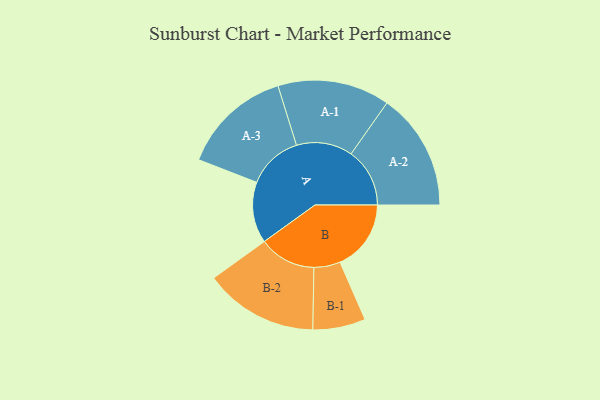
{"axis": {"x": "Segment", "y": "Value"}, "legend": ["", "A", "B"], "data": [{"x": "A", "y": 287, "type": ""}, {"x": "B", "y": 334, "type": ""}, {"x": "A-1", "y": 264, "type": "A"}, {"x": "A-2", "y": 276, "type": "A"}, {"x": "A-3", "y": 259, "type": "A"}, {"x": "B-1", "y": 124, "type": "B"}, {"x": "B-2", "y": 268, "type": "B"}]}